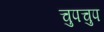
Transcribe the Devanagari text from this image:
चुपचुप